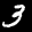
Label: 3